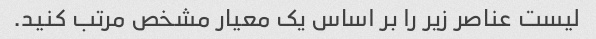
لیست عناصر زیر را بر اساس یک معیار مشخص مرتب کنید.